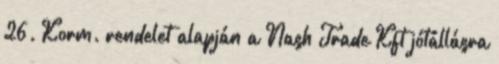
26. Korm. rendelet alapján a Nash Trade Kft jótállásra